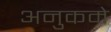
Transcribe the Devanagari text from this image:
अनुकमे